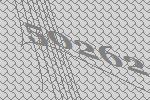
50262